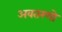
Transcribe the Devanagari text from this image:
अवतरणो